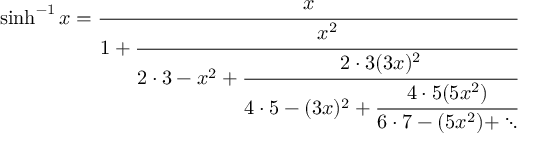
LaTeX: \sinh ^ { - 1 } x = { \cfrac { x } { 1 + { \cfrac { x ^ { 2 } } { 2 \cdot 3 - x ^ { 2 } + { \cfrac { 2 \cdot 3 ( 3 x ) ^ { 2 } } { 4 \cdot 5 - ( 3 x ) ^ { 2 } + { \cfrac { 4 \cdot 5 ( 5 x ^ { 2 } ) } { 6 \cdot 7 - ( 5 x ^ { 2 } ) + \ddots } } } } } } } }